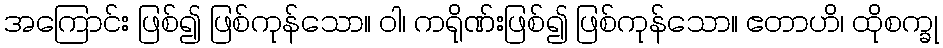
အကြောင်း ဖြစ်၍ ဖြစ်ကုန်သော။ ဝါ၊ ကရိုဏ်းဖြစ်၍ ဖြစ်ကုန်သော။ ဧတာဟိ၊ ထိုစက္ခု